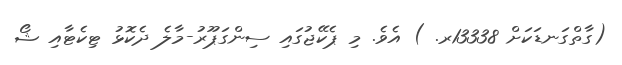
(ގާތްގަނޑަކަށް 13338ރ. ) އެވެ. މި ޕެކޭޖުގައި ސިންގަޕޫރު-މާލެ ދެކޮޅު ޓިކެޓާއި ޝޯ